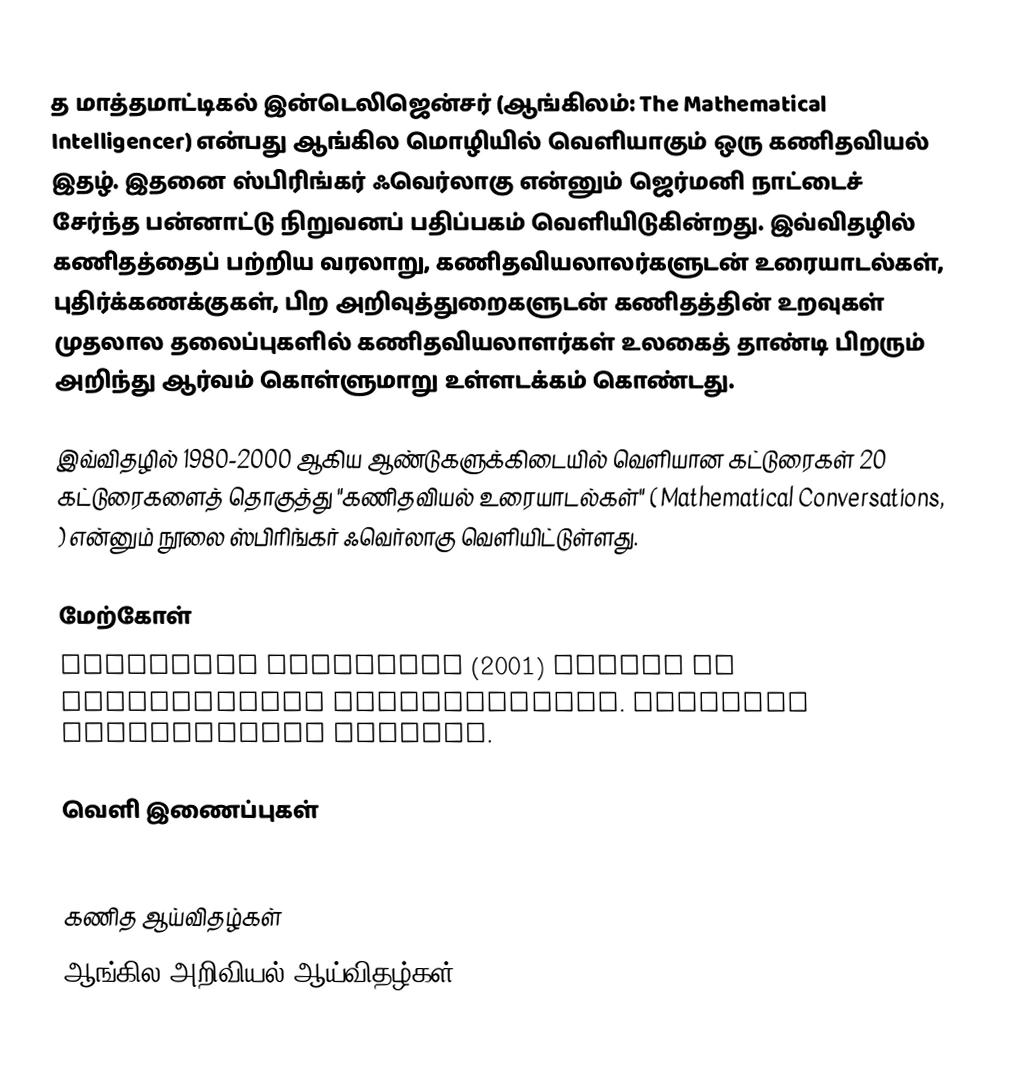
த மாத்தமாட்டிகல் இன்டெலிஜென்சர் (ஆங்கிலம்: The Mathematical Intelligencer) என்பது ஆங்கில மொழியில் வெளியாகும் ஒரு கணிதவியல் இதழ். இதனை ஸ்பிரிங்கர் ஃவெர்லாகு என்னும் ஜெர்மனி நாட்டைச் சேர்ந்த பன்னாட்டு நிறுவனப் பதிப்பகம் வெளியிடுகின்றது. இவ்விதழில் கணிதத்தைப் பற்றிய வரலாறு, கணிதவியலாலர்களுடன் உரையாடல்கள், புதிர்க்கணக்குகள், பிற அறிவுத்துறைகளுடன் கணிதத்தின் உறவுகள் முதலால தலைப்புகளில் கணிதவியலாளர்கள் உலகைத் தாண்டி பிறரும் அறிந்து ஆர்வம் கொள்ளுமாறு உள்ளடக்கம் கொண்டது.

இவ்விதழில் 1980-2000 ஆகிய ஆண்டுகளுக்கிடையில் வெளியான கட்டுரைகள் 20 கட்டுரைகளைத் தொகுத்து "கணிதவியல் உரையாடல்கள்" ( Mathematical Conversations, ) என்னும் நூலை ஸ்பிரிங்கர் ஃவெர்லாகு வெளியிட்டுள்ளது.

மேற்கோள்
 Branislav Kisacanin (2001) Review of  Mathematical Conversations.  American Mathematical Society.

வெளி இணைப்புகள்
 Home page for Mathematical Intelligencer  at Springer Verlag.

கணித ஆய்விதழ்கள்
ஆங்கில அறிவியல் ஆய்விதழ்கள்